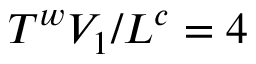
T ^ { w } V _ { 1 } / L ^ { c } = 4